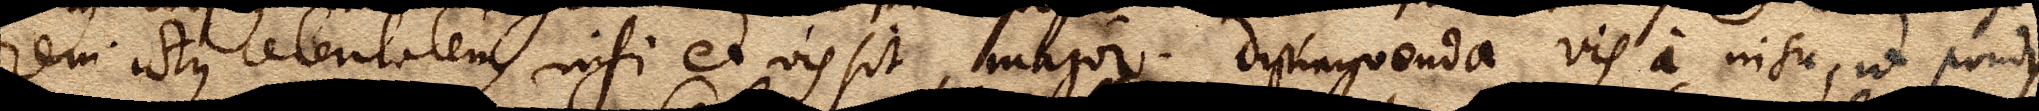
rem ictus celeritatem, nisi et vis sit major. distinguenda vis a nisu, ut pondus